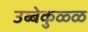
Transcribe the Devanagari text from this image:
उब्बेकुळ्ळ